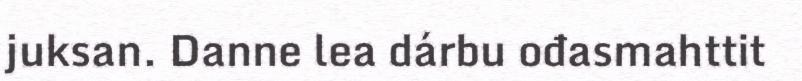
juksan. Danne lea dárbu ođasmahttit